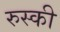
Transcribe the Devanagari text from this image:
रुस्की